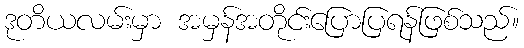
ဒုတိယလမ်းမှာ အမှန်အတိုင်းပြောပြရန်ဖြစ်သည်။